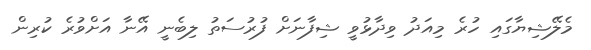
މެލޭޝިޔާގައި ހުރެ މިއަދު ވިދާޅުވީ ޝިފާނަށް ފުރުސަތު ލިބެނީ އޭނާ އަށްވުރެ ކުރިން